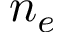
n _ { e }